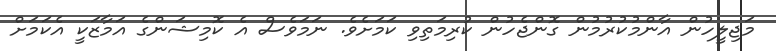
މަޖިލީހުން އާންމުކުރުމުން ގޮންޖެހުން ކުރިމަތިވި ކަމަށެވެ. ނަމަވެސް އެ ކޮމިޝަންގެ އަމާޒަކީ އެކަމަށް